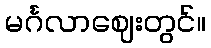
မင်္ဂလာဈေးတွင်။